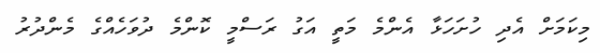
މިކަމަށް އެދި ހުށަހަޅާ އެންމެ މަތީ އަގު ރަސްމީ ކޮންމެ ދުވަހެއްގެ މެންދުރު